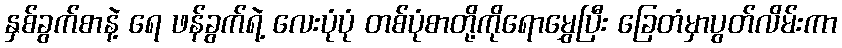
နှစ်ခွက်စာနဲ့ ရေ ဖန်ခွက်ရဲ့ လေးပုံပုံ တစ်ပုံစာတို့ကိုရောမွှေပြီး ခြေတံမှာပွတ်လိမ်းကာ